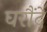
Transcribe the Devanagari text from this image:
घरौंदे